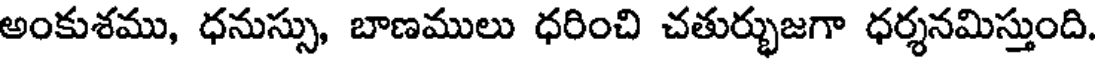
అంకుశము, ధనుస్సు, బాణములు ధరించి చతుర్భుజగా ధర్శనమిస్తుంది.